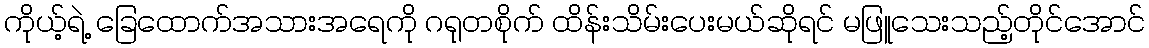
ကိုယ့်ရဲ့ ခြေထောက်အသားအရေကို ဂရုတစိုက် ထိန်းသိမ်းပေးမယ်ဆိုရင် မဖြူသေးသည့်တိုင်အောင်